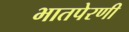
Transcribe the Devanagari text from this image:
भातपेरणी